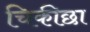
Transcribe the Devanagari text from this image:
चिकीछा